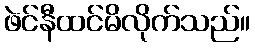
ဖဲင်နီထင်မိလိုက်သည်။